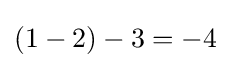
(1-2)-3=-4